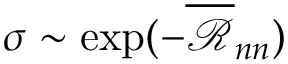
\sigma \sim \exp ( - { \overline { { \mathcal { R } } } } _ { n n } )